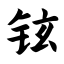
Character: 铉